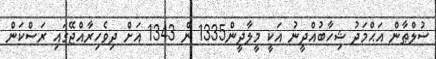
ސުލްޠާން އަޙްމަދު ޝިހާބުއްދީނު އަކީ މީލާދީން1335 ން 1343 އަށް ދިވެހިރާއްޖޭގައި ރަސްކަން